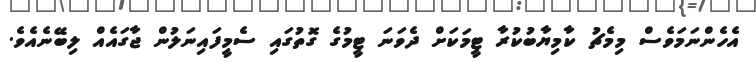
އެހެންނަމަވެސް މިމެޗު ކާމިޔާބުކުރާ ޓީމަކަށް ދެވަނަ ޓީމުގެ ގޮތުގައި ސެމީފައިނަލުން ޖާގައެއް ލިބޭނެއެވެ.